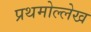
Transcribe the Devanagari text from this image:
प्रथमोल्लेख